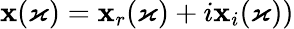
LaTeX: \mathbf{x}(\varkappa)=\mathbf{x}_{r}(\varkappa)+i\mathbf{x}_{i}(\varkappa))